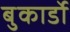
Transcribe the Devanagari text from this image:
बुकार्डो